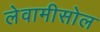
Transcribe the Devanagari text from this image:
लेवामीसोल